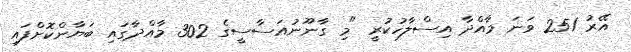
އޭރު 251 ވަނަ މާއްދާ އިސްލާހުކުރީ "މި ގާނޫނުއަސާސީގެ 302 މާއްދާގައި ބަޔާންކޮށްފައި